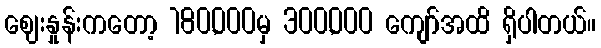
ဈေးနှုန်းကတော့ 180,000မှ 300,000 ကျော်အထိ ရှိပါတယ်။